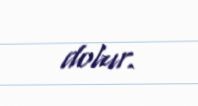
dolur.